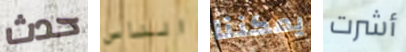
حدث الناس يمكننا أشرت